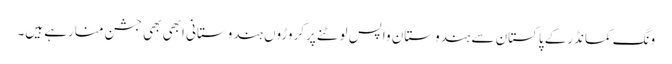
ونگ کمانڈرکے پاکستان سے ہندوستان واپس لوٹنے پرکروڑوں ہندوستانی ابھی بھی جشن منارہے ہیں۔